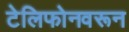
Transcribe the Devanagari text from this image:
टेलिफोनवरून